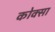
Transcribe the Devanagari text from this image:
कोक्सा